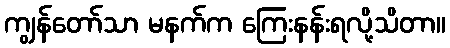
ကျွန်တော်သာ မနက်က ကြေးနန်းရလို့သိတာ။